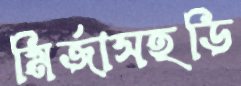
মির্জাসহডি